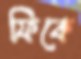
ফিকে